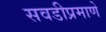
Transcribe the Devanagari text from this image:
सवडीप्रमाणे